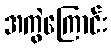
အကွဲကြောင်း